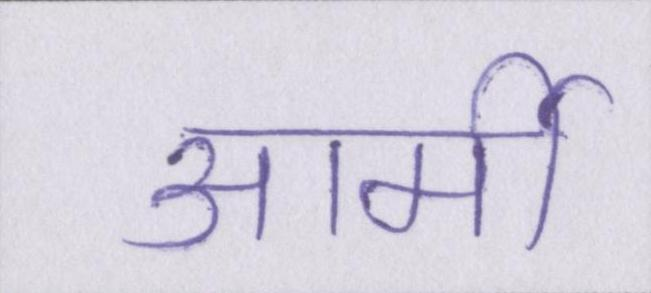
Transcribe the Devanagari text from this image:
आर्मी